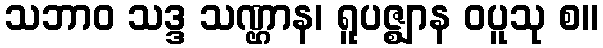
သဘာဝ သဒ္ဒ သဏ္ဌာန၊ ရူပဇ္ဈာန ဝပူသု စ။